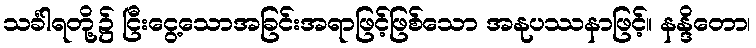
သင်္ခါရတို့၌ ငြီးငွေ့သောအခြင်းအရာဖြင့်ဖြစ်သော အနုပဿနာဖြင့်။ နန္ဒိတော၊